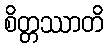
စိတ္တဿာတိ